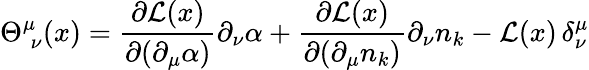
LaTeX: \Theta_{\; \nu}^{\mu}(x)=\frac{\partial{\cal L}(x)}{\partial(\partial_{\mu}\alpha)}\partial_{\nu}\alpha+\frac{\partial{\cal L}(x)}{\partial(\partial_{\mu}n_{k})}\partial_{\nu}n_{k}-{\cal L}(x)\, \delta_{\nu}^{\mu}